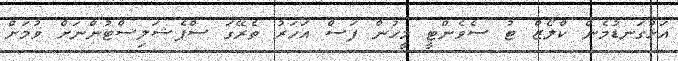
އަޅުގަނޑުމެން ކްލޯޒް ޓު ސެވެންޓީ މީހުން ފަސް އަހަރު ތެރޭގަ ސްޕެޝަލިސްޓުންނަށް ވުމަށް